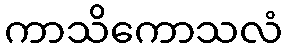
ကာသိကောသလံ